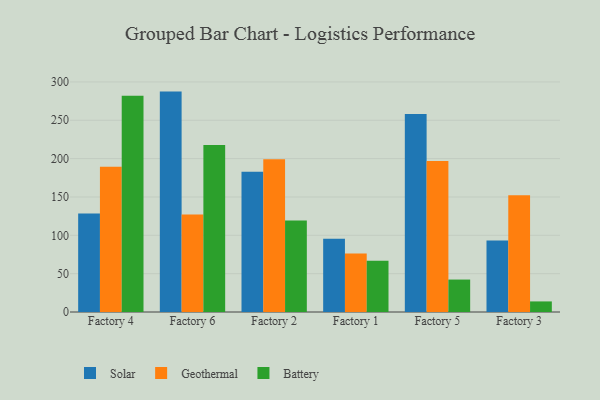
{"axis": {"x": "Factory", "y": "Website Visitors"}, "legend": ["Battery", "Geothermal", "Solar"], "data": [{"x": "Factory 4", "y": 128.5, "type": "Solar"}, {"x": "Factory 4", "y": 189.4, "type": "Geothermal"}, {"x": "Factory 4", "y": 281.9, "type": "Battery"}, {"x": "Factory 6", "y": 287.4, "type": "Solar"}, {"x": "Factory 6", "y": 127.2, "type": "Geothermal"}, {"x": "Factory 6", "y": 217.8, "type": "Battery"}, {"x": "Factory 2", "y": 182.9, "type": "Solar"}, {"x": "Factory 2", "y": 199.1, "type": "Geothermal"}, {"x": "Factory 2", "y": 119.3, "type": "Battery"}, {"x": "Factory 1", "y": 95.6, "type": "Solar"}, {"x": "Factory 1", "y": 76.3, "type": "Geothermal"}, {"x": "Factory 1", "y": 66.8, "type": "Battery"}, {"x": "Factory 5", "y": 258.1, "type": "Solar"}, {"x": "Factory 5", "y": 196.9, "type": "Geothermal"}, {"x": "Factory 5", "y": 42.3, "type": "Battery"}, {"x": "Factory 3", "y": 93.3, "type": "Solar"}, {"x": "Factory 3", "y": 152.2, "type": "Geothermal"}, {"x": "Factory 3", "y": 13.8, "type": "Battery"}]}